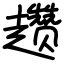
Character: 趱